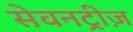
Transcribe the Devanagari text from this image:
सेवनट्रीज़